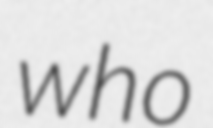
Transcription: who